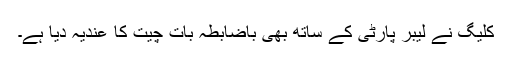
کلیگ نے لیبر پارٹی کے ساتھ بھی باضابطہ بات چیت کا عندیہ دیا ہے۔